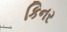
કિનર